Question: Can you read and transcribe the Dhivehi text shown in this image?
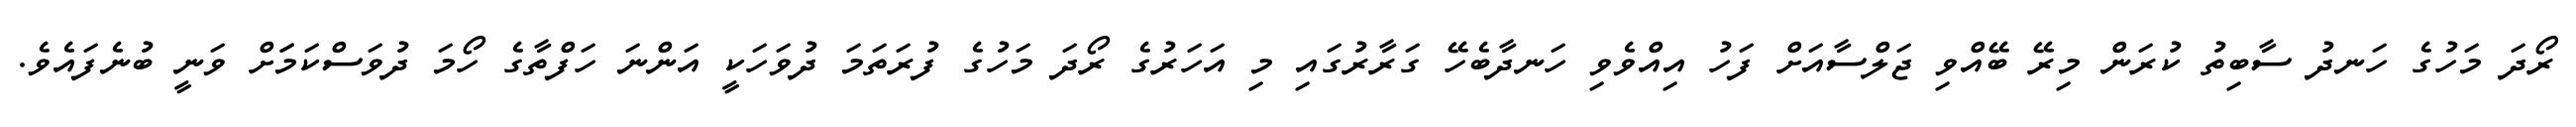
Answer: ރޯދަ މަހުގެ ހަނދު ސާބިތު ކުރަން މިރޭ ބޭއްވި ޖަލްސާއަށް ފަހު އިއްވެވި ހަނދާބެހޭ ގަރާރުގައި މި އަހަރުގެ ރޯދަ މަހުގެ ފުރަތަމަ ދުވަހަކީ އަންނަ ހަފްތާގެ ހޯމަ ދުވަސްކަމަަށް ވަނީ ބުނެފައެވެ.